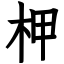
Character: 柙